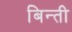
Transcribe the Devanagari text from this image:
बिन्ती